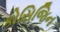
કોસિજિન